Report on vaccination in Madras 1877-1894 - 1877-1894
Year: 1877
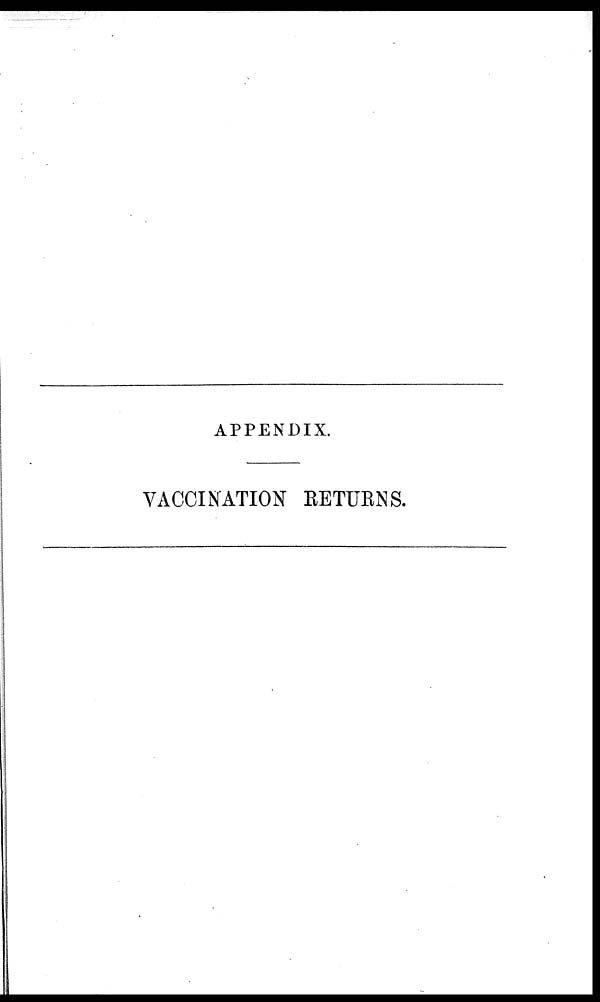
APPENDIX.
VACCINATION RETURNS.